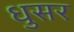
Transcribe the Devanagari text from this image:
धुसर